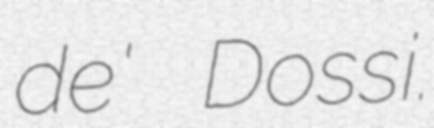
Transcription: de' Dossi.